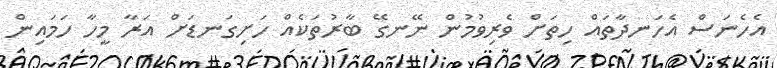
އެހެނަސް އެހަނދާތައް ހިތަށް ވެރިވުމުން ނޭނގޭ ބާރުތަކެއް ހަށިގަނޑަށް އަރާ މީހާ ހަމައިން